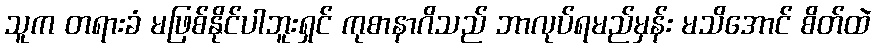
သူက တရားခံ မဖြစ်နိုင်ပါဘူးရှင် ကုစာနာဂိသည် ဘာလုပ်ရမည်မှန်း မသိအောင် စိတ်ထဲ